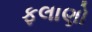
ફલાણો